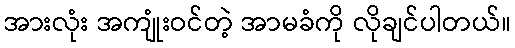
အားလုံး အကျုံးဝင်တဲ့ အာမခံကို လိုချင်ပါတယ်။